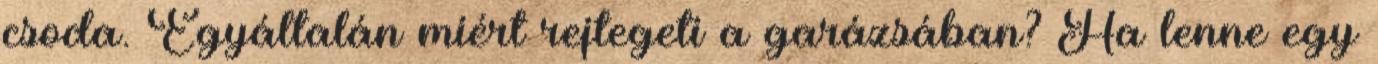
csoda. Egyáltalán miért rejtegeti a garázsában? Ha lenne egy